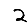
Digit: 2